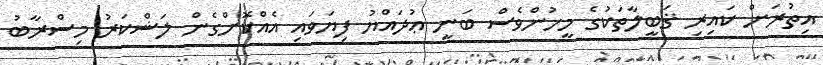
އިތުރަށް ކައިރި ޤަބީލާތަކުގެ މީހުންވެސް ބަނީ ޢުދައްޔު ފިޔަވައި އެއްކޮށްގެން ލަޝްކަރު މިސްރާބު